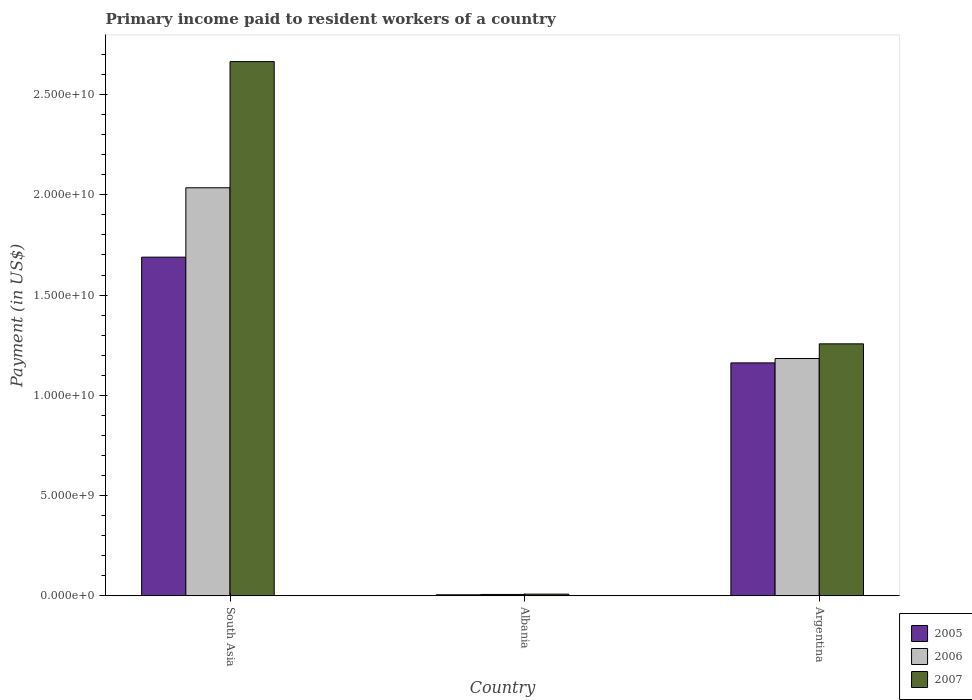
| Country | 2005 | 2006 | 2007 |
 | --- | --- | --- | --- |
 | South Asia | 1.69e+10 | 2.04e+10 | 2.66e+10 |
 | Albania | 5.26e+07 | 6.91e+07 | 8.51e+07 |
 | Argentina | 1.16e+10 | 1.18e+10 | 1.26e+10 |